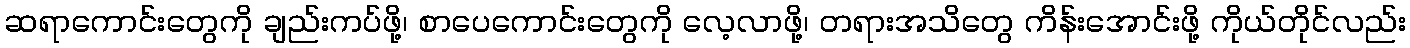
ဆရာကောင်းတွေကို ချည်းကပ်ဖို့၊ စာပေကောင်းတွေကို လေ့လာဖို့၊ တရားအသိတွေ ကိန်းအောင်းဖို့ ကိုယ်တိုင်လည်း